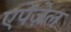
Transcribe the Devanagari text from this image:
एपेंज़ेल